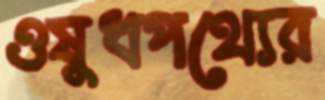
ওষুধপথ্যের